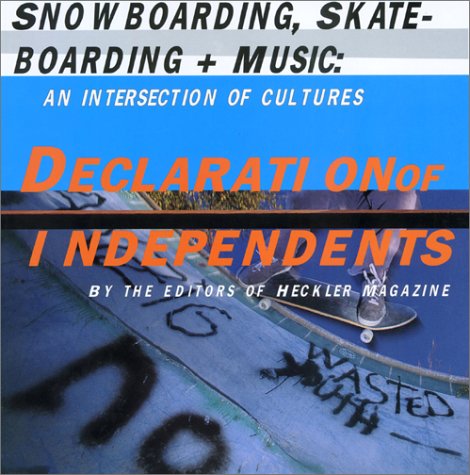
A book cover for Declaration of Independents: Snowboarding, Skateboarding & Music--An Intersection of Cultures; Heckler Magazine; Sports & Outdoors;